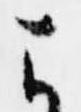
よ